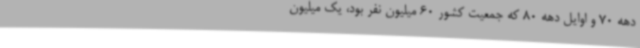
دهه 70 و اوایل دهه 80 که جمعیت کشور 60 میلیون نفر بود، یک میلیون